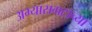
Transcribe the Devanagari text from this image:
अभ्यासगटाच्या